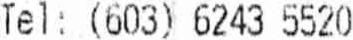
TEL: (603) 6243 5520